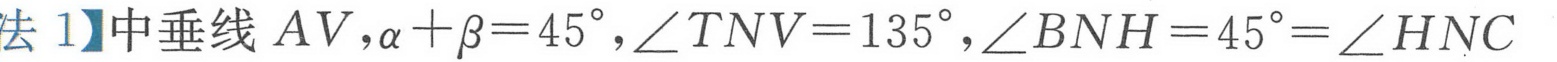
法1】中垂线\(AV,\alpha+\beta = 45^{\circ},\angle TNV = 135^{\circ},\angle BNH = 45^{\circ}=\angle HNC\)